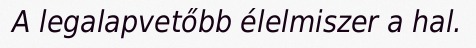
A legalapvetőbb élelmiszer a hal.